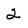
Character: 2